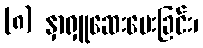
(၈) နှာရှူဆေးပေးခြင်း၊